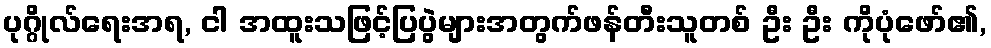
ပုဂ္ဂိုလ်ရေးအရ, ငါ အထူးသဖြင့်ပြပွဲများအတွက်ဖန်တီးသူတစ် ဦး ဦး ကိုပုံဖော်၏,